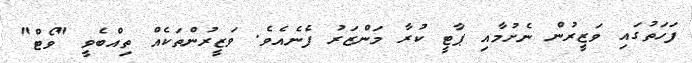
ފަހަތުގައި ވަޒީރުން ނެށުމާއި ޕާޓީ ކުރާ މަންޒަރު ފެނެއެވެ. ވަޒީރުންތަކެއް ތިއްބެވީ "ވޯޓް"